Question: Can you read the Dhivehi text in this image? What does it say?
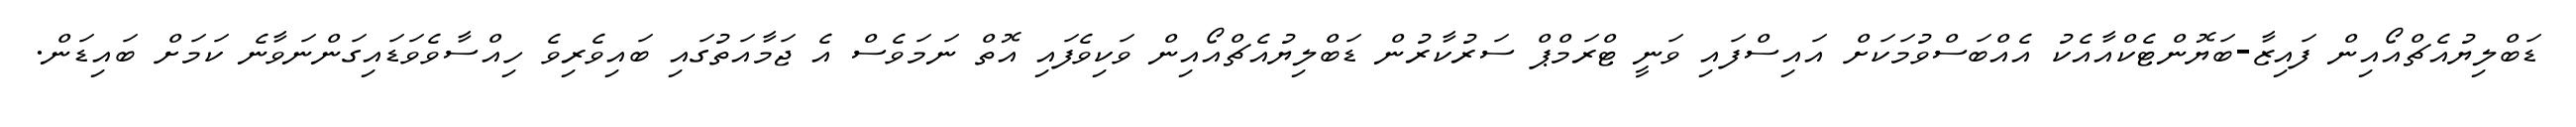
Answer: ޑަބްލިޔުއެޗްއޯއިން ފައިޒާ-ބަޔޮންޓެކްއާއެކު އެއްބަސްވުމަކަށް އައިސްފައި ވަނީ ޓްރަމްޕް ސަރުކާރުން ޑަބްލިޔުއެޗްއޯއިން ވަކިވެފައި އޮތް ނަމަވެސް އެ ޖަމާއަތުގައި ބައިވެރިވެ ހިއްސާވެވަޑައިގަންނަވާނެ ކަމަށް ބައިޑަން.